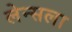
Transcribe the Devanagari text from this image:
लेन्सला